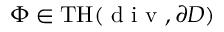
\Phi \in \mathrm { T H } ( \mathrm { ~ d ~ i ~ v ~ } , \partial D )